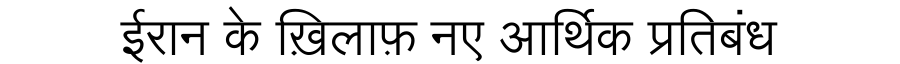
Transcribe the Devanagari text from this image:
ईरान के ख़िलाफ़ नए आर्थिक प्रतिबंध